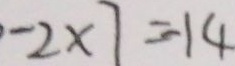
- 2 \times 7 = - 1 4